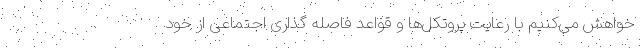
خواهش می‌کنیم با رعایت پروتکل‌ها و قواعد فاصله گذاری اجتماعی از خود